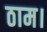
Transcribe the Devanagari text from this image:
ठाम।